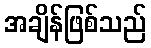
အချိန်ဖြစ်သည်